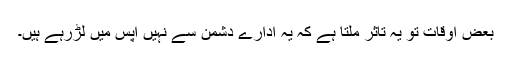
بعض اوقات تو یہ تاثر ملتا ہے کہ یہ ادارے دشمن سے نہیں آپس میں لڑرہے ہیں۔